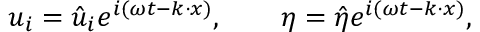
u _ { i } = \hat { u } _ { i } e ^ { i ( \omega t - k \cdot x ) } , \qquad \eta = \hat { \eta } e ^ { i ( \omega t - k \cdot x ) } ,